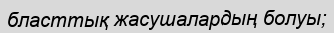
бласттық жасушалардың болуы;